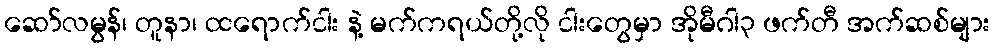
ဆော်လမွန်၊ တူနာ၊ ထရောက်ငါး နဲ့ မက်ကရယ်တို့လို ငါးတွေမှာ အိုမီဂါ၃ ဖက်တီ အက်ဆစ်များ